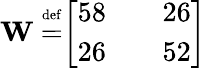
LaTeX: \mathbf{W}\ {\overset{\underset{\mathrm{def}}{}}{=}}{\left[\begin{array}{lll}{58}&{}&{26}\\ {26}&{}&{52}\end{array}\right]}